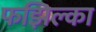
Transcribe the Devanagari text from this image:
फझिल्का